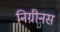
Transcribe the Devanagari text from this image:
निग्रीनस